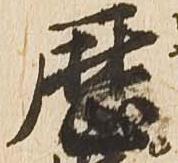
暦